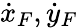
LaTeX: \dot{x}_{F},\dot{y}_{F}